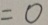
= 0